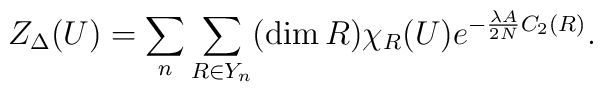
Z_{\Delta}(U) =  \sum_{n} \sum_{R\in Y_n} (\dim R)\chi_{R} (U)e^{-\frac{\lambda A}{2 N} C_2 (R)}.